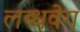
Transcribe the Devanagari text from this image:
लब्धवेग